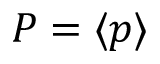
P = \langle p \rangle